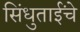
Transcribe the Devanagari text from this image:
सिंधुताईंचे